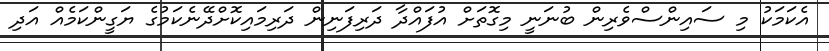
އެކަމަކު މި ސައިންސްވެރިން ބުނަނީ މިގޮތަށް އުފައްދާ ދަރިފަނިން ދަރިމައިކޮށްދޭނެކަމުގެ ޔަގީންކަމެއް އަދި